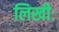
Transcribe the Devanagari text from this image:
लिखीः